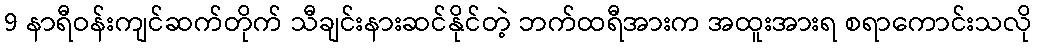
9 နာရီဝန်းကျင်ဆက်တိုက် သီချင်းနားဆင်နိုင်တဲ့ ဘက်ထရီအားက အထူးအားရ စရာကောင်းသလို